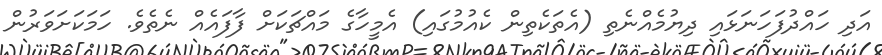
އަދި ހައްދުފަހަނަޅައި ދިޔުމެއްނެތި (އެތަކެތިން ކެއުމުގައި) އެމީހާގެ މައްޗަކަށް ފާފައެއް ނެތެވެ. ހަމަކަށަވަރުން